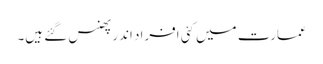
عمارت میں کئی افراد اندر پھنس گئے ہیں۔